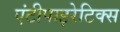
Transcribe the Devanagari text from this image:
एंटीपाइरेटिक्स